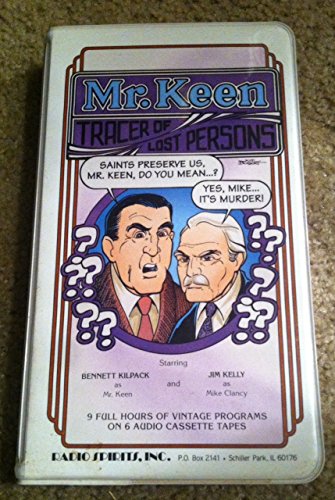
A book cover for Mr. Keen, Tracer of Lost Persons; Radio Spirits; Humor & Entertainment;